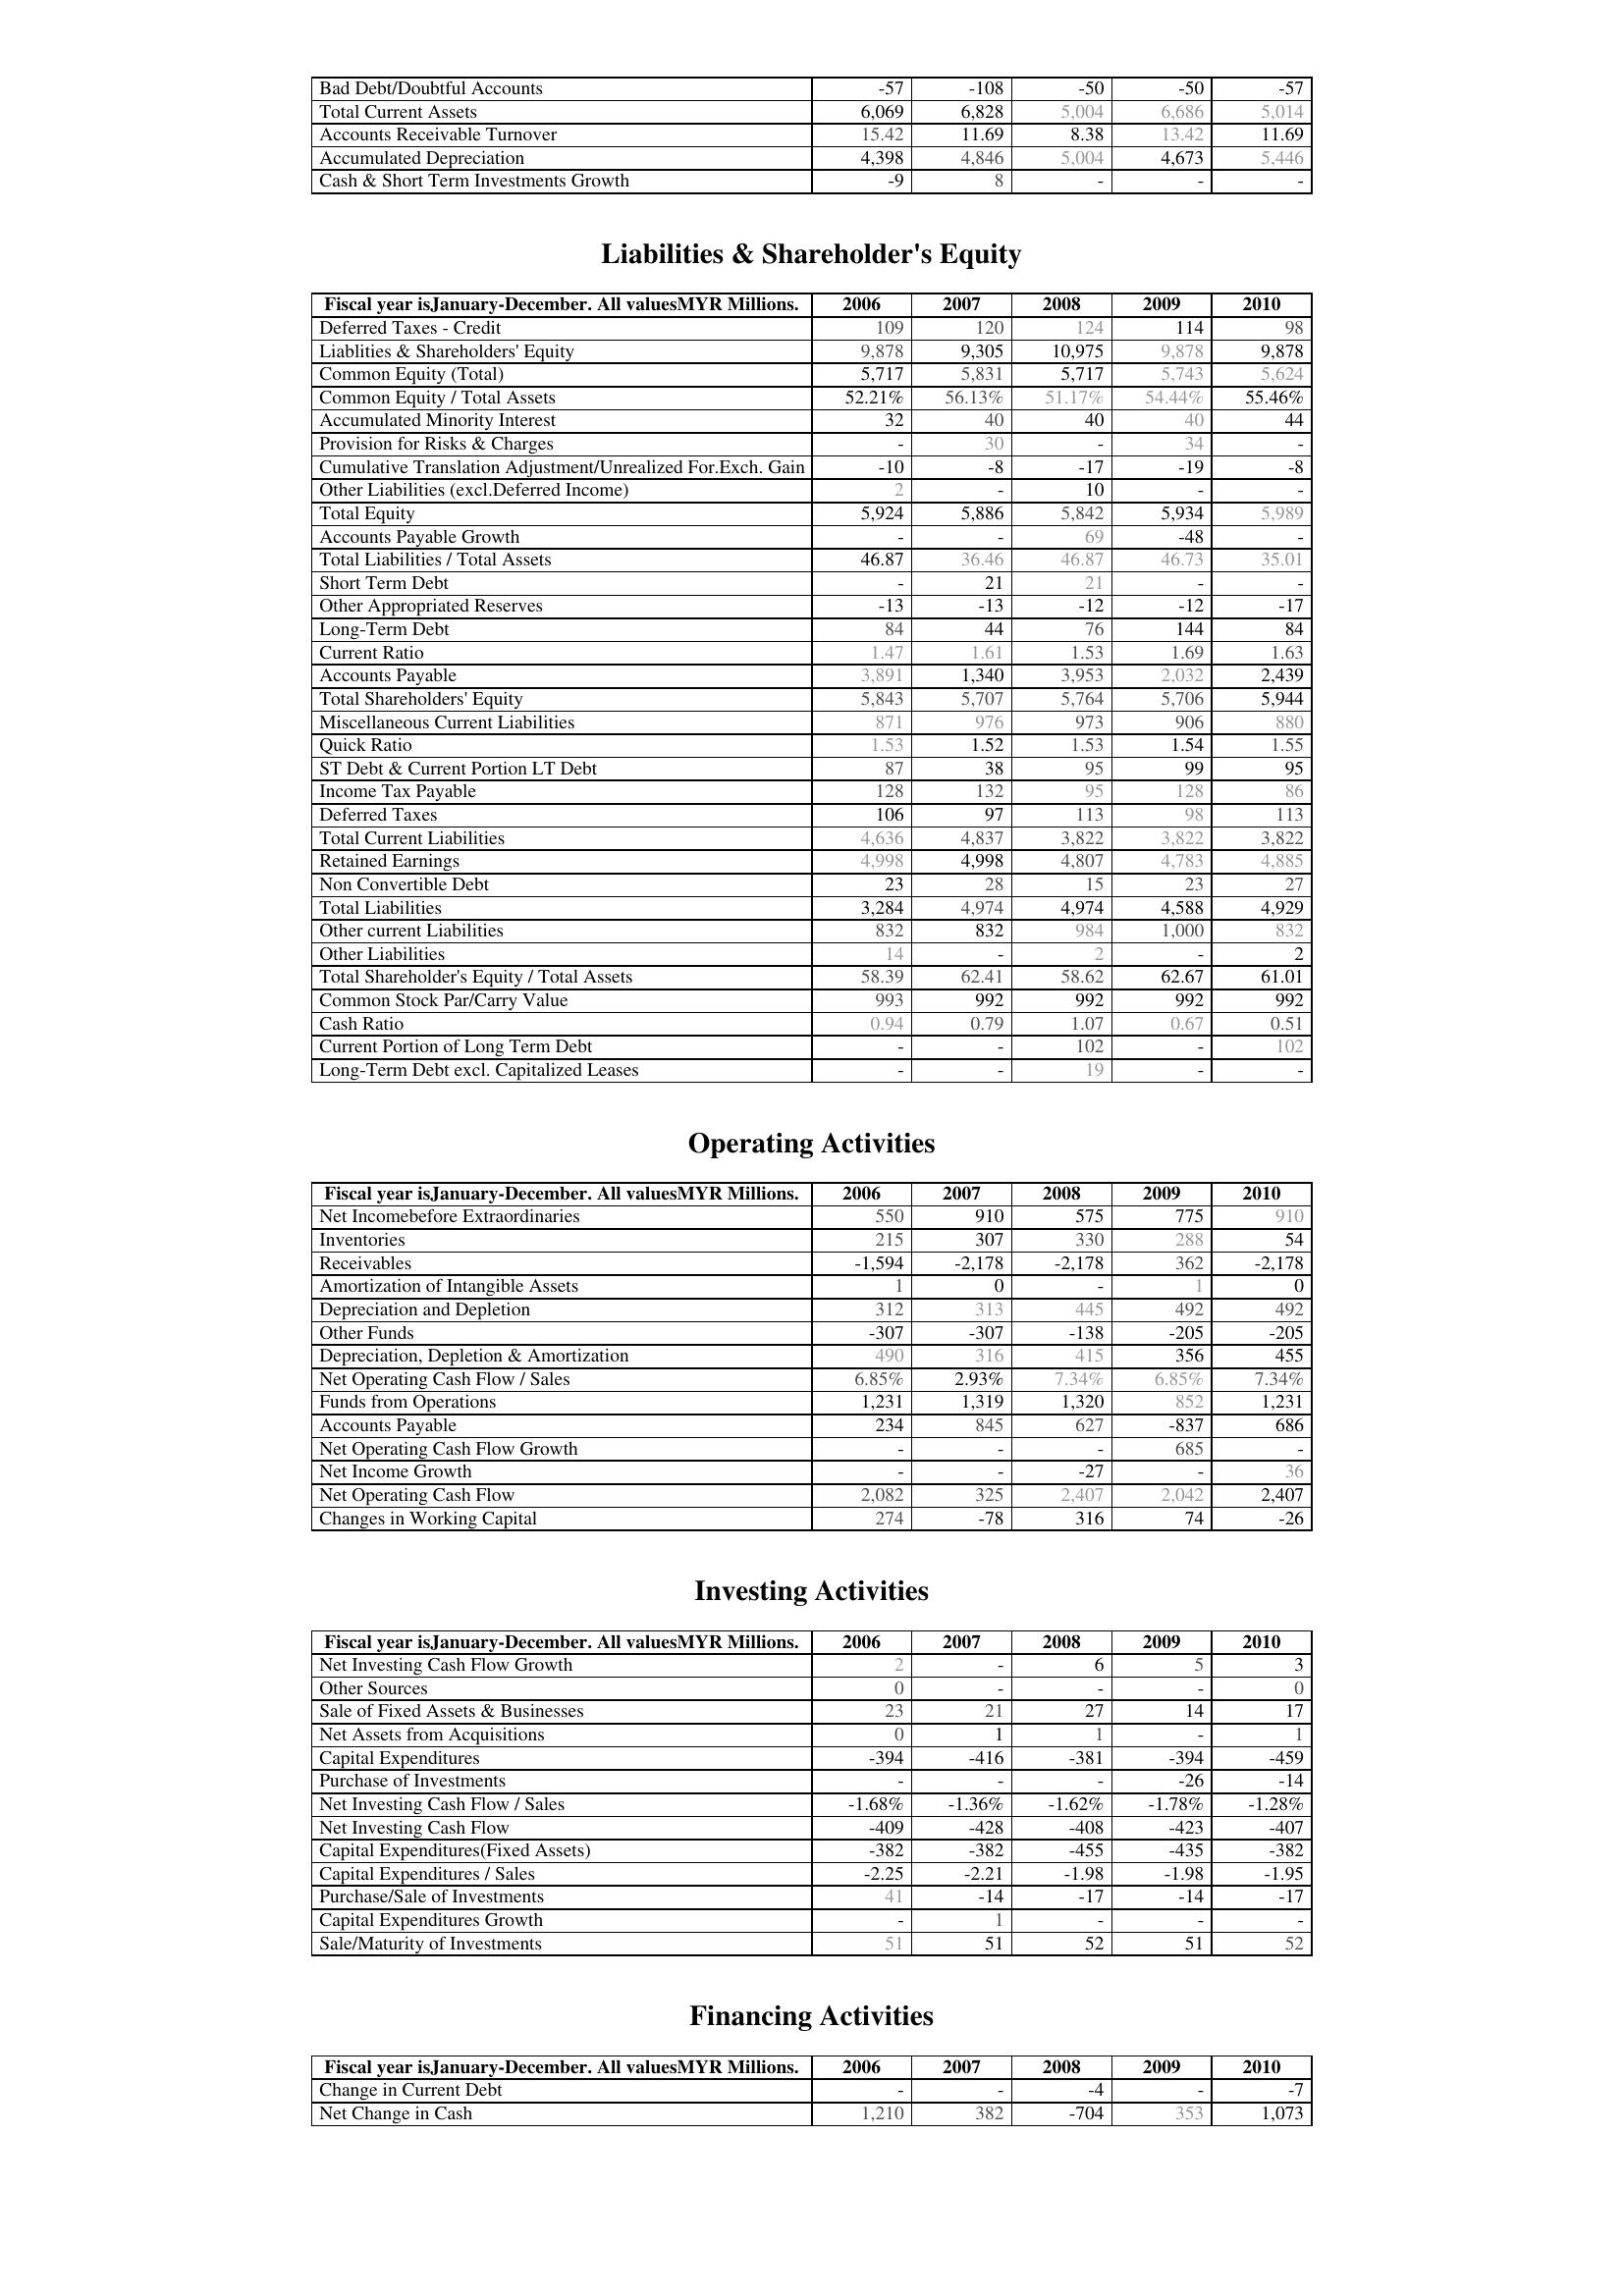
2006: Assets: Bad Debt/Doubtful Accounts: -57
Total Current Assets: 6,069
Accounts Receivable Turnover: 15.42
Accumulated Depreciation: 4,398
Cash & Short Term Investments Growth: -9
Liabilities & Shareholder's Equity: Deferred Taxes - Credit: 109
Liablities & Shareholders' Equity: 9,878
Common Equity (Total): 5,717
Common Equity / Total Assets: 52.21%
Accumulated Minority Interest: 32
Provision for Risks & Charges: -
Cumulative Translation Adjustment/Unrealized For.Exch. Gain: -10
Other Liabilities (excl.Deferred Income): 2
Total Equity: 5,924
Accounts Payable Growth: -
Total Liabilities / Total Assets: 46.87
Short Term Debt: -
Other Appropriated Reserves: -13
Long-Term Debt: 84
Current Ratio: 1.47
Accounts Payable: 3,891
Total Shareholders' Equity: 5,843
Miscellaneous Current Liabilities: 871
Quick Ratio: 1.53
ST Debt & Current Portion LT Debt: 87
Income Tax Payable: 128
Deferred Taxes: 106
Total Current Liabilities: 4,636
Retained Earnings: 4,998
Non Convertible Debt: 23
Total Liabilities: 3,284
Other current Liabilities: 832
Other Liabilities: 14
Total Shareholder's Equity / Total Assets: 58.39
Common Stock Par/Carry Value: 993
Cash Ratio: 0.94
Current Portion of Long Term Debt: -
Long-Term Debt excl. Capitalized Leases: -
Operating Activities: Net Incomebefore Extraordinaries: 550
Inventories: 215
Receivables: -1,594
Amortization of Intangible Assets: 1
Depreciation and Depletion: 312
Other Funds: -307
Depreciation, Depletion & Amortization: 490
Net Operating Cash Flow / Sales: 6.85%
Funds from Operations: 1,231
Accounts Payable: 234
Net Operating Cash Flow Growth: -
Net Income Growth: -
Net Operating Cash Flow: 2,082
Changes in Working Capital: 274
Investing Activities: Net Investing Cash Flow Growth: 2
Other Sources: 0
Sale of Fixed Assets & Businesses: 23
Net Assets from Acquisitions: 0
Capital Expenditures: -394
Purchase of Investments: -
Net Investing Cash Flow / Sales: -1.68%
Net Investing Cash Flow: -409
Capital Expenditures(Fixed Assets): -382
Capital Expenditures / Sales: -2.25
Purchase/Sale of Investments: 41
Capital Expenditures Growth: -
Sale/Maturity of Investments: 51
Financing Activities: Change in Current Debt: -
Net Change in Cash: 1,210
2007: Assets: Bad Debt/Doubtful Accounts: -108
Total Current Assets: 6,828
Accounts Receivable Turnover: 11.69
Accumulated Depreciation: 4,846
Cash & Short Term Investments Growth: 8
Liabilities & Shareholder's Equity: Deferred Taxes - Credit: 120
Liablities & Shareholders' Equity: 9,305
Common Equity (Total): 5,831
Common Equity / Total Assets: 56.13%
Accumulated Minority Interest: 40
Provision for Risks & Charges: 30
Cumulative Translation Adjustment/Unrealized For.Exch. Gain: -8
Other Liabilities (excl.Deferred Income): -
Total Equity: 5,886
Accounts Payable Growth: -
Total Liabilities / Total Assets: 36.46
Short Term Debt: 21
Other Appropriated Reserves: -13
Long-Term Debt: 44
Current Ratio: 1.61
Accounts Payable: 1,340
Total Shareholders' Equity: 5,707
Miscellaneous Current Liabilities: 976
Quick Ratio: 1.52
ST Debt & Current Portion LT Debt: 38
Income Tax Payable: 132
Deferred Taxes: 97
Total Current Liabilities: 4,837
Retained Earnings: 4,998
Non Convertible Debt: 28
Total Liabilities: 4,974
Other current Liabilities: 832
Other Liabilities: -
Total Shareholder's Equity / Total Assets: 62.41
Common Stock Par/Carry Value: 992
Cash Ratio: 0.79
Current Portion of Long Term Debt: -
Long-Term Debt excl. Capitalized Leases: -
Operating Activities: Net Incomebefore Extraordinaries: 910
Inventories: 307
Receivables: -2,178
Amortization of Intangible Assets: 0
Depreciation and Depletion: 313
Other Funds: -307
Depreciation, Depletion & Amortization: 316
Net Operating Cash Flow / Sales: 2.93%
Funds from Operations: 1,319
Accounts Payable: 845
Net Operating Cash Flow Growth: -
Net Income Growth: -
Net Operating Cash Flow: 325
Changes in Working Capital: -78
Investing Activities: Net Investing Cash Flow Growth: -
Other Sources: -
Sale of Fixed Assets & Businesses: 21
Net Assets from Acquisitions: 1
Capital Expenditures: -416
Purchase of Investments: -
Net Investing Cash Flow / Sales: -1.36%
Net Investing Cash Flow: -428
Capital Expenditures(Fixed Assets): -382
Capital Expenditures / Sales: -2.21
Purchase/Sale of Investments: -14
Capital Expenditures Growth: 1
Sale/Maturity of Investments: 51
Financing Activities: Change in Current Debt: -
Net Change in Cash: 382
2008: Assets: Bad Debt/Doubtful Accounts: -50
Total Current Assets: 5,004
Accounts Receivable Turnover: 8.38
Accumulated Depreciation: 5,004
Cash & Short Term Investments Growth: -
Liabilities & Shareholder's Equity: Deferred Taxes - Credit: 124
Liablities & Shareholders' Equity: 10,975
Common Equity (Total): 5,717
Common Equity / Total Assets: 51.17%
Accumulated Minority Interest: 40
Provision for Risks & Charges: -
Cumulative Translation Adjustment/Unrealized For.Exch. Gain: -17
Other Liabilities (excl.Deferred Income): 10
Total Equity: 5,842
Accounts Payable Growth: 69
Total Liabilities / Total Assets: 46.87
Short Term Debt: 21
Other Appropriated Reserves: -12
Long-Term Debt: 76
Current Ratio: 1.53
Accounts Payable: 3,953
Total Shareholders' Equity: 5,764
Miscellaneous Current Liabilities: 973
Quick Ratio: 1.53
ST Debt & Current Portion LT Debt: 95
Income Tax Payable: 95
Deferred Taxes: 113
Total Current Liabilities: 3,822
Retained Earnings: 4,807
Non Convertible Debt: 15
Total Liabilities: 4,974
Other current Liabilities: 984
Other Liabilities: 2
Total Shareholder's Equity / Total Assets: 58.62
Common Stock Par/Carry Value: 992
Cash Ratio: 1.07
Current Portion of Long Term Debt: 102
Long-Term Debt excl. Capitalized Leases: 19
Operating Activities: Net Incomebefore Extraordinaries: 575
Inventories: 330
Receivables: -2,178
Amortization of Intangible Assets: -
Depreciation and Depletion: 445
Other Funds: -138
Depreciation, Depletion & Amortization: 415
Net Operating Cash Flow / Sales: 7.34%
Funds from Operations: 1,320
Accounts Payable: 627
Net Operating Cash Flow Growth: -
Net Income Growth: -27
Net Operating Cash Flow: 2,407
Changes in Working Capital: 316
Investing Activities: Net Investing Cash Flow Growth: 6
Other Sources: -
Sale of Fixed Assets & Businesses: 27
Net Assets from Acquisitions: 1
Capital Expenditures: -381
Purchase of Investments: -
Net Investing Cash Flow / Sales: -1.62%
Net Investing Cash Flow: -408
Capital Expenditures(Fixed Assets): -455
Capital Expenditures / Sales: -1.98
Purchase/Sale of Investments: -17
Capital Expenditures Growth: -
Sale/Maturity of Investments: 52
Financing Activities: Change in Current Debt: -4
Net Change in Cash: -704
2009: Assets: Bad Debt/Doubtful Accounts: -50
Total Current Assets: 6,686
Accounts Receivable Turnover: 13.42
Accumulated Depreciation: 4,673
Cash & Short Term Investments Growth: -
Liabilities & Shareholder's Equity: Deferred Taxes - Credit: 114
Liablities & Shareholders' Equity: 9,878
Common Equity (Total): 5,743
Common Equity / Total Assets: 54.44%
Accumulated Minority Interest: 40
Provision for Risks & Charges: 34
Cumulative Translation Adjustment/Unrealized For.Exch. Gain: -19
Other Liabilities (excl.Deferred Income): -
Total Equity: 5,934
Accounts Payable Growth: -48
Total Liabilities / Total Assets: 46.73
Short Term Debt: -
Other Appropriated Reserves: -12
Long-Term Debt: 144
Current Ratio: 1.69
Accounts Payable: 2,032
Total Shareholders' Equity: 5,706
Miscellaneous Current Liabilities: 906
Quick Ratio: 1.54
ST Debt & Current Portion LT Debt: 99
Income Tax Payable: 128
Deferred Taxes: 98
Total Current Liabilities: 3,822
Retained Earnings: 4,783
Non Convertible Debt: 23
Total Liabilities: 4,588
Other current Liabilities: 1,000
Other Liabilities: -
Total Shareholder's Equity / Total Assets: 62.67
Common Stock Par/Carry Value: 992
Cash Ratio: 0.67
Current Portion of Long Term Debt: -
Long-Term Debt excl. Capitalized Leases: -
Operating Activities: Net Incomebefore Extraordinaries: 775
Inventories: 288
Receivables: 362
Amortization of Intangible Assets: 1
Depreciation and Depletion: 492
Other Funds: -205
Depreciation, Depletion & Amortization: 356
Net Operating Cash Flow / Sales: 6.85%
Funds from Operations: 852
Accounts Payable: -837
Net Operating Cash Flow Growth: 685
Net Income Growth: -
Net Operating Cash Flow: 2,042
Changes in Working Capital: 74
Investing Activities: Net Investing Cash Flow Growth: 5
Other Sources: -
Sale of Fixed Assets & Businesses: 14
Net Assets from Acquisitions: -
Capital Expenditures: -394
Purchase of Investments: -26
Net Investing Cash Flow / Sales: -1.78%
Net Investing Cash Flow: -423
Capital Expenditures(Fixed Assets): -435
Capital Expenditures / Sales: -1.98
Purchase/Sale of Investments: -14
Capital Expenditures Growth: -
Sale/Maturity of Investments: 51
Financing Activities: Change in Current Debt: -
Net Change in Cash: 353
2010: Assets: Bad Debt/Doubtful Accounts: -57
Total Current Assets: 5,014
Accounts Receivable Turnover: 11.69
Accumulated Depreciation: 5,446
Cash & Short Term Investments Growth: -
Liabilities & Shareholder's Equity: Deferred Taxes - Credit: 98
Liablities & Shareholders' Equity: 9,878
Common Equity (Total): 5,624
Common Equity / Total Assets: 55.46%
Accumulated Minority Interest: 44
Provision for Risks & Charges: -
Cumulative Translation Adjustment/Unrealized For.Exch. Gain: -8
Other Liabilities (excl.Deferred Income): -
Total Equity: 5,989
Accounts Payable Growth: -
Total Liabilities / Total Assets: 35.01
Short Term Debt: -
Other Appropriated Reserves: -17
Long-Term Debt: 84
Current Ratio: 1.63
Accounts Payable: 2,439
Total Shareholders' Equity: 5,944
Miscellaneous Current Liabilities: 880
Quick Ratio: 1.55
ST Debt & Current Portion LT Debt: 95
Income Tax Payable: 86
Deferred Taxes: 113
Total Current Liabilities: 3,822
Retained Earnings: 4,885
Non Convertible Debt: 27
Total Liabilities: 4,929
Other current Liabilities: 832
Other Liabilities: 2
Total Shareholder's Equity / Total Assets: 61.01
Common Stock Par/Carry Value: 992
Cash Ratio: 0.51
Current Portion of Long Term Debt: 102
Long-Term Debt excl. Capitalized Leases: -
Operating Activities: Net Incomebefore Extraordinaries: 910
Inventories: 54
Receivables: -2,178
Amortization of Intangible Assets: 0
Depreciation and Depletion: 492
Other Funds: -205
Depreciation, Depletion & Amortization: 455
Net Operating Cash Flow / Sales: 7.34%
Funds from Operations: 1,231
Accounts Payable: 686
Net Operating Cash Flow Growth: -
Net Income Growth: 36
Net Operating Cash Flow: 2,407
Changes in Working Capital: -26
Investing Activities: Net Investing Cash Flow Growth: 3
Other Sources: 0
Sale of Fixed Assets & Businesses: 17
Net Assets from Acquisitions: 1
Capital Expenditures: -459
Purchase of Investments: -14
Net Investing Cash Flow / Sales: -1.28%
Net Investing Cash Flow: -407
Capital Expenditures(Fixed Assets): -382
Capital Expenditures / Sales: -1.95
Purchase/Sale of Investments: -17
Capital Expenditures Growth: -
Sale/Maturity of Investments: 52
Financing Activities: Change in Current Debt: -7
Net Change in Cash: 1,073